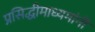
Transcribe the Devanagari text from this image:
प्रसिद्धीमाध्यमांनी